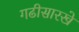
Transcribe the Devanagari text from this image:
गढीसारखे